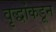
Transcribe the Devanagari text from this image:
वृद्धांकडून